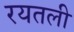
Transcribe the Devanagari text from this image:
रयतली